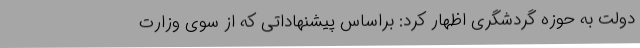
دولت به حوزه گردشگری اظهار کرد: براساس پیشنهاداتی که از سوی وزارت